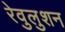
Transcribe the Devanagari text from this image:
रेवुलुशन